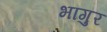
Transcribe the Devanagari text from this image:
भागुर